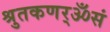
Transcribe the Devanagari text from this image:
श्रुतकणर्ॐसं